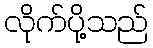
လိုက်ပို့သည်